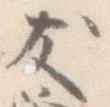
友